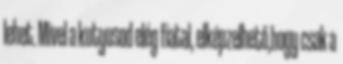
lehet. Mivel a kutyusod elég fiatal, elképzelhető,hogy csak a